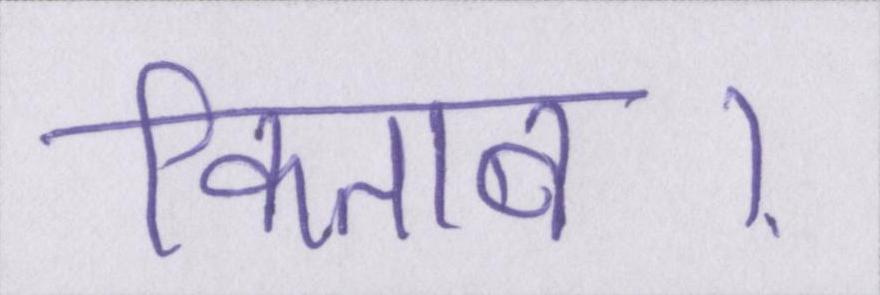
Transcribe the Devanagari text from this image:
किताब।